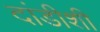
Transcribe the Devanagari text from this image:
दांडीशी